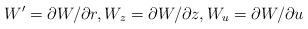
\begin{align*}W'=\partial W/\partial r , W_{z}=\partial W/\partial z , W_{u}=\partial W/\partial u\end{align*}